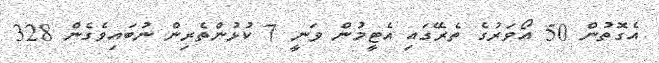
އެގޮތުން 50 އޯވަރުގެ ތެރޭގައި އެޓީމުން ވަނީ 7 ކުޅުންތެރިން ނުބައިވެގެން 328